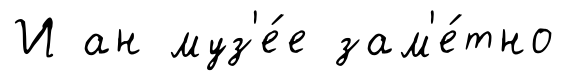
И ан муз'е́е зам'е́тно